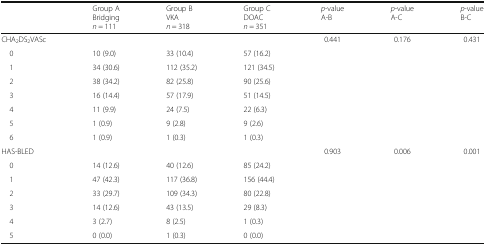
<table><thead><tr><td></td><td><b>Group ABridging<i>n</i> = 111</b></td><td><b>Group BVKA<i>n</i> = 318</b></td><td><b>Group CDOAC<i>n</i> = 351</b></td><td><b><i>p</i>-valueA-B</b></td><td><b><i>p</i>-valueA-C</b></td><td><b><i>p</i>-valueB-C</b></td></tr></thead><tbody><tr><td>CHA<sub>2</sub>DS<sub>2</sub>VASc</td><td></td><td></td><td></td><td>0.441</td><td>0.176</td><td>0.431</td></tr><tr><td> 0</td><td>10 (9.0)</td><td>33 (10.4)</td><td>57 (16.2)</td><td></td><td></td><td></td></tr><tr><td> 1</td><td>34 (30.6)</td><td>112 (35.2)</td><td>121 (34.5)</td><td></td><td></td><td></td></tr><tr><td> 2</td><td>38 (34.2)</td><td>82 (25.8)</td><td>90 (25.6)</td><td></td><td></td><td></td></tr><tr><td> 3</td><td>16 (14.4)</td><td>57 (17.9)</td><td>51 (14.5)</td><td></td><td></td><td></td></tr><tr><td> 4</td><td>11 (9.9)</td><td>24 (7.5)</td><td>22 (6.3)</td><td></td><td></td><td></td></tr><tr><td> 5</td><td>1 (0.9)</td><td>9 (2.8)</td><td>9 (2.6)</td><td></td><td></td><td></td></tr><tr><td> 6</td><td>1 (0.9)</td><td>1 (0.3)</td><td>1 (0.3)</td><td></td><td></td><td></td></tr><tr><td>HAS-BLED</td><td></td><td></td><td></td><td>0.903</td><td>0.006</td><td>0.001</td></tr><tr><td> 0</td><td>14 (12.6)</td><td>40 (12.6)</td><td>85 (24.2)</td><td></td><td></td><td></td></tr><tr><td> 1</td><td>47 (42.3)</td><td>117 (36.8)</td><td>156 (44.4)</td><td></td><td></td><td></td></tr><tr><td> 2</td><td>33 (29.7)</td><td>109 (34.3)</td><td>80 (22.8)</td><td></td><td></td><td></td></tr><tr><td> 3</td><td>14 (12.6)</td><td>43 (13.5)</td><td>29 (8.3)</td><td></td><td></td><td></td></tr><tr><td> 4</td><td>3 (2.7)</td><td>8 (2.5)</td><td>1 (0.3)</td><td></td><td></td><td></td></tr><tr><td> 5</td><td>0 (0.0)</td><td>1 (0.3)</td><td>0 (0.0)</td><td></td><td></td><td></td></tr></tbody></table>